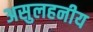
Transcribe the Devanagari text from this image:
असुलहनीय